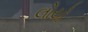
લોયો